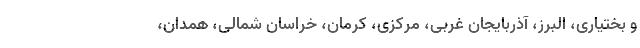
و بختیاری، البرز، آذربایجان غربی، مرکزی، کرمان، خراسان شمالی، همدان،